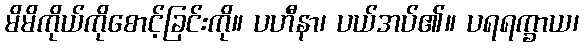
မိမိကိုယ်ကိုစောင့်ခြင်းကို။ ပဟီနာ၊ ပယ်အပ်၏။ ပရရက္ခာယ၊